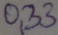
Text: 0,33